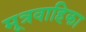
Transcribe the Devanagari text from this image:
मूत्रवाहिका